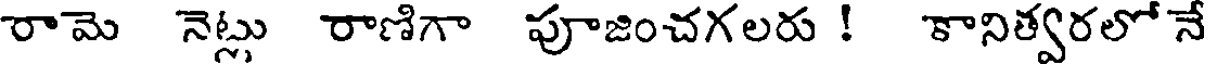
రామె నెట్లు రాణిగా పూజించగలరు ! కానిత్వరలో నే